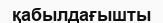
қабылдағышты